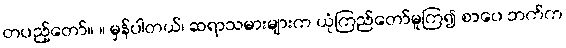
တပည့်တော်။ ။ မှန်ပါတယ်၊ ဆရာသမားများက ယုံကြည်တော်မူကြ၍ စာပေ ဘက်က